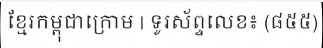
ខ្មែរកម្ពុជាក្រោម | ទូរស័ព្ទលេខ៖ (៨៥៥)